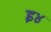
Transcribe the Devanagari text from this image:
इ४